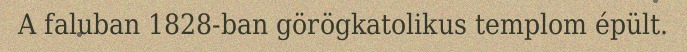
A faluban 1828-ban görögkatolikus templom épült.